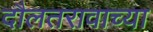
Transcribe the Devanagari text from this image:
दौलतरावाच्या